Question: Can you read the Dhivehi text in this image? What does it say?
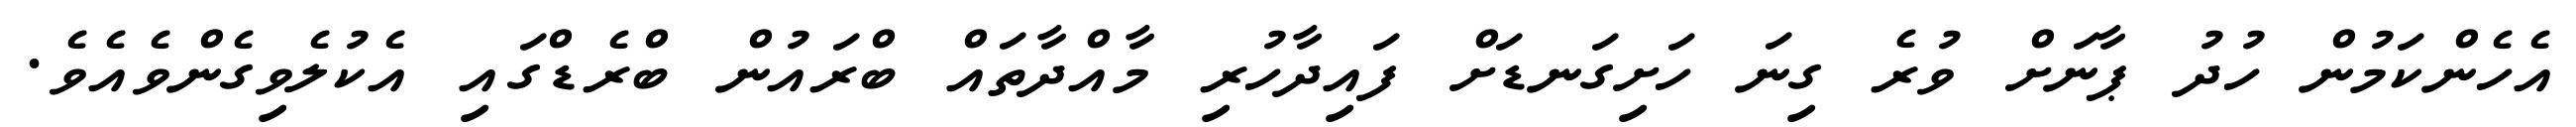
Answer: އެހެންކަމުން ހުދު ޕާނަށް ވުރެ ގިނަ ހަށިގަނޑަށް ފައިދާހުރި މާއްދާތައް ބްރައުން ބްރެޑްގައި އެކުލެވިގެންވެއެވެ.